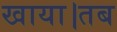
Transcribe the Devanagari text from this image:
खाया।तब